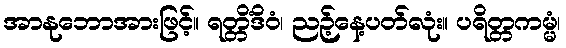
အာနုဘောအားဖြင့်။ ရတ္တိံဒိဝံ၊ ညဉ့်နေ့ပတ်လုံး။ ပရိတ္တကမ္မံ၊